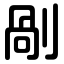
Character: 剮